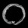
Digit: ၀